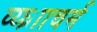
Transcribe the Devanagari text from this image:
व्य्घ्रााचर्म